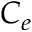
C _ { e }